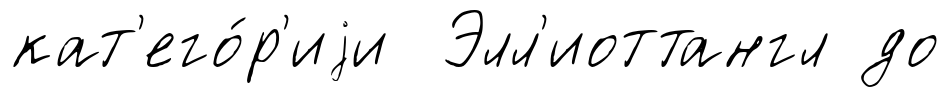
кат'его́р'иjи Элл'иоттангл до